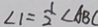
\angle 1 = \frac { 1 } { 2 } \angle A B C